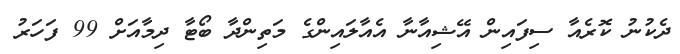
ދެކުނު ކޮރެއާ ސިފައިން އޭޝިއާނާ އެއާލައިންގެ މަތިންދާ ބޯޓާ ދިމާއަށް 99 ފަހަރު